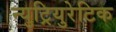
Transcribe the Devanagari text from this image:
न्युट्रियुरेटिक